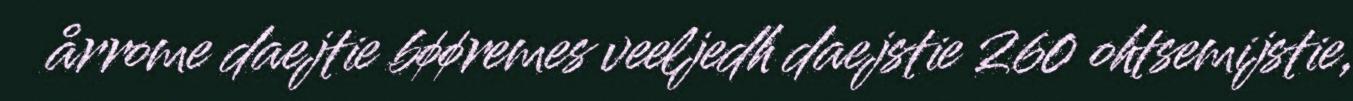
årrome daejtie bøøremes veeljedh daejstie 260 ohtsemijstie,